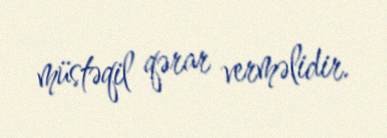
müstəqil qərar verməlidir.